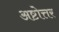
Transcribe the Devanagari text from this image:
अष्टोत्तर